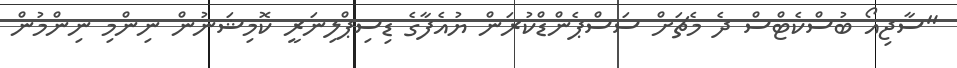
"ސާޖިއޯ ބުސްކެޓްސް ދެ މެޗަށް ސަސްޕެންޑްކުރަން ޔުއެފާގެ ޑިސިޕްލިނަރީ ކޮމިޝަނުން ނިންމި ނިންމުން